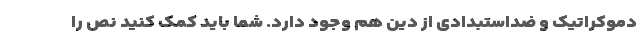
دموکراتیک و ضداستبدادی از دین هم وجود دارد. شما باید کمک کنید نص را